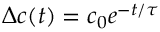
\Delta c ( t ) = c _ { 0 } e ^ { - t / \tau }